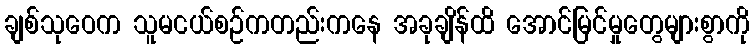
ချစ်သုဝေက သူမငယ်စဉ်ကတည်းကနေ အခုချိန်ထိ အောင်မြင်မှုတွေများစွာကို